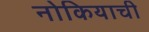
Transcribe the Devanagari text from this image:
नोकियाची